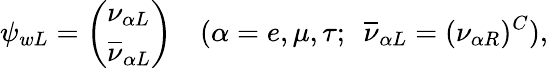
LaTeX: \psi_{wL}=\left(\begin{array}{l}{{\nu_{\alpha L}}}\\ {{\overline{{{\nu}}}_{\alpha L}}}\end{array}\right)\ \ \ \ (\alpha=e,\mu,\tau;\ \ \overline{{{\nu}}}_{\alpha L}=(\nu_{\alpha R})^{C}),